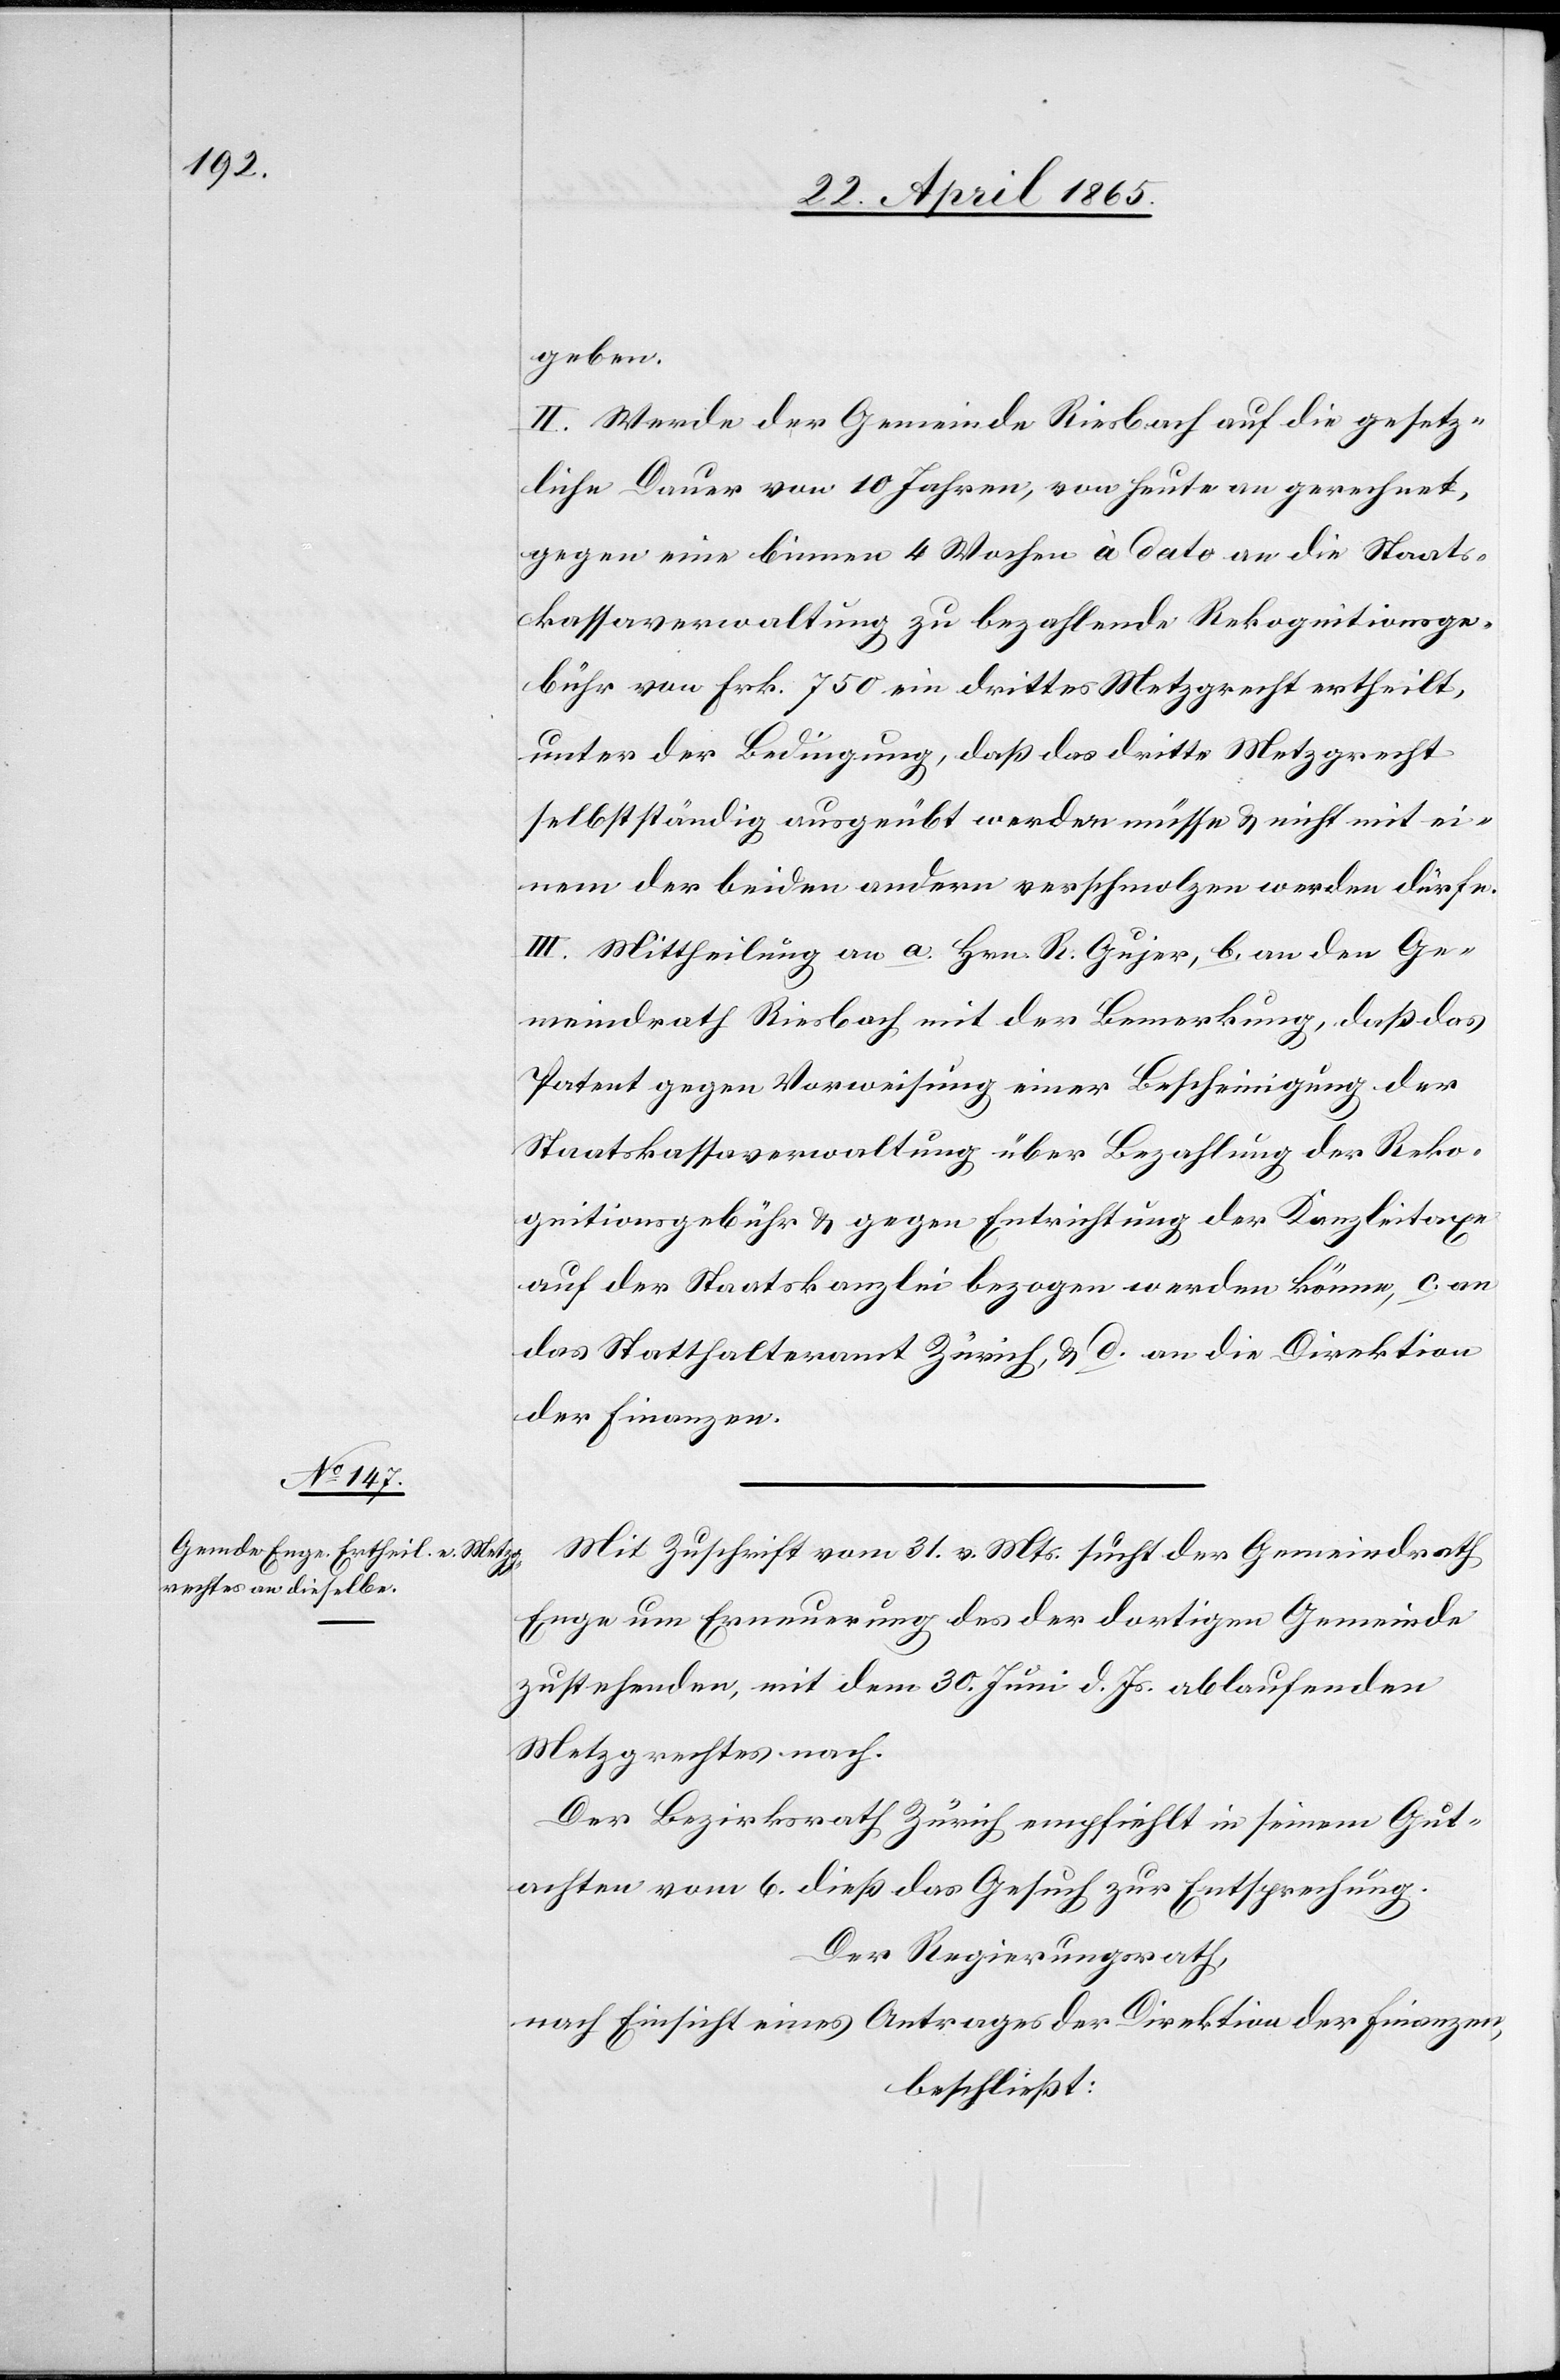
geben.
II. Werde der Gemeinde Riesbach auf die gesetz¬
liche Dauer von 10 Jahren, von heute an gerechnet,
gegen eine binnen 4 Wochen à dato an die Staats¬
kassaverwaltung zu bezahlende Rekognitionsge¬
bühr von Frk. 750 ein drittes Metzgrecht ertheilt,
unter der Bedingung, daß das dritte Metzgrecht
selbstständig ausgeübt werden müsse & nicht mit ei¬
nem der beiden andern verschmolzen werden dürfe.
III. Mittheilung an a. Hrn. R. Gujer, b. an den Ge¬
meindrath Riesbach mit der Bemerkung, daß das
Patent gegen Vorweisung einer Bescheinigung der
Staatskassaverwaltung über Bezahlung der Reko¬
gnitionsgebühr & gegen Entrichtung der Kanzleitaxe
auf der Staatskanzlei bezogen werden könne, c. an
das Statthalteramt Zürich, & d. an die Direktion
der Finanzen.
Mit Zuschrift vom 31. v. Mts. sucht der Gemeindrath
Enge um Erneuerung des der dortigen Gemeinde
zustehenden, mit dem 30. Juni d. Js. ablaufenden
Metzgrechtes nach.
Der Bezirksrath Zürich empfiehlt in seinem Gut¬
achten vom 6. dieß das Gesuch zu Entsprechung.
Der Regierungsrath,
nach Einsicht eines Antrages der Direktion der Finanzen,
beschließt: